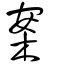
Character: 案